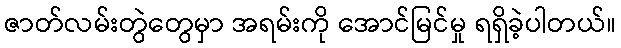
ဇာတ်လမ်းတွဲတွေမှာ အရမ်းကို အောင်မြင်မှု ရရှိခဲ့ပါတယ်။